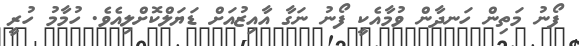
ފޯނު މަތިން ހަނދާން ވުމާއެކީ ފޯނު ނަގާ އާއިޒުއަށް ޑަޔަލްކޮށްލިއެވެ. ހުމާމު ހުރީ